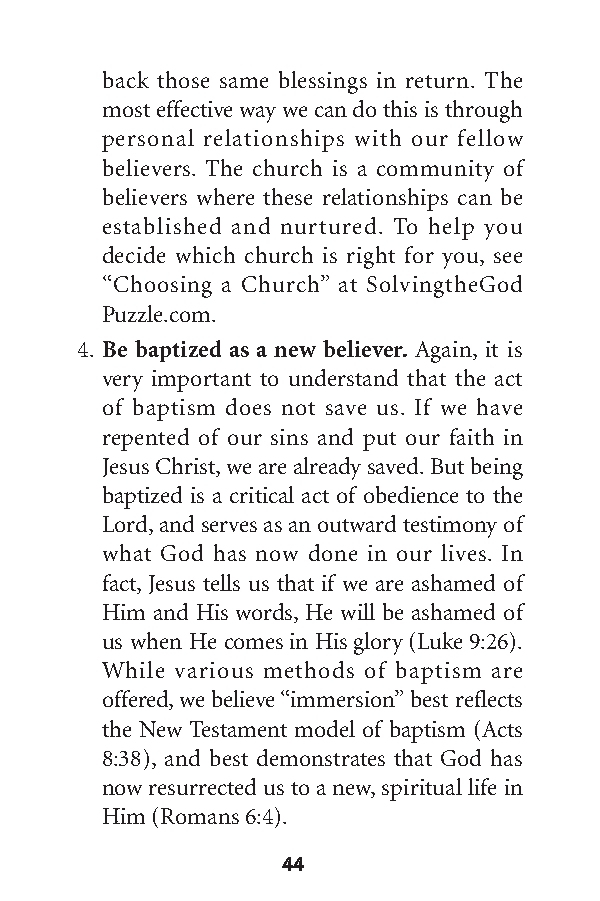
back those same blessings in return. The
 most effective way we can do this is through
 personal relationships with our fellow
 believers. The church is a community of
 believers where these relationships can be
 established and nurtured. To help you
 decide which church is right for you, see
 “Choosing a Church” at SolvingtheGod
 Puzzle.com.
 4. Be baptized as a new believer. Again, it is
 very important to understand that the act
 of baptism does not save us. If we have
 repented of our sins and put our faith in
 Jesus Christ,we are already saved.But being
 baptized is a critical act of obedience to the
 Lord,and serves as an outward testimony of
 what God has now done in our lives. In
 fact, Jesus tells us that if we are ashamed of
 Him and His words,He will be ashamed of
 us when He comes in His glory (Luke 9:26).
 While various methods of baptism are
 offered,we believe“immersion”best reflects
 the New Testament model of baptism (Acts
 8:38), and best demonstrates that God has
 now resurrected us to a new,spiritual life in
 Him (Romans 6:4).
 44